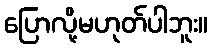
ပြောလို့မဟုတ်ပါဘူး။